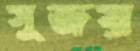
সুজয়